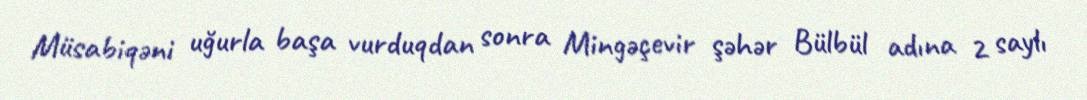
Müsabiqəni uğurla başa vurduqdan sonra Mingəçevir şəhər Bülbül adına 2 saylı